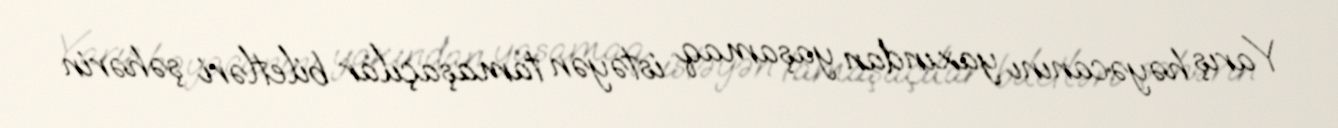
Yarış həyəcanını yaxından yaşamaq istəyən tamaşaçılar biletləri şəhərin